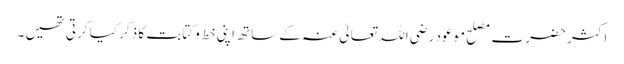
اکثر حضرت مصلح موعود رضی اللہ تعالیٰ عنہ کے ساتھ اپنی خط و کتابت کا ذکر کیا کرتی تھیں ۔